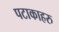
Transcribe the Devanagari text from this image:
पटाकाहरु